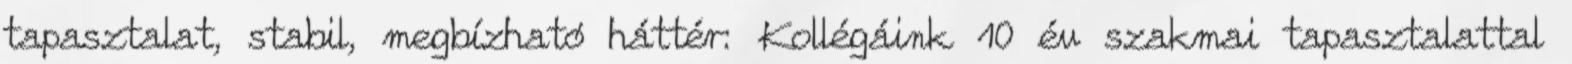
tapasztalat, stabil, megbízható háttér: Kollégáink 10 év szakmai tapasztalattal